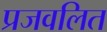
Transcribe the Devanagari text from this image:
प्रजवलित